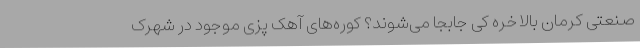
صنعتی کرمان بالاخره کی جابجا می‌شوند؟ کوره‌های آهک پزی موجود در شهرک